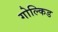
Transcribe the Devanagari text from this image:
गोल्किड